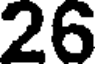
26